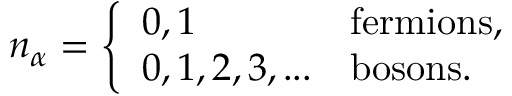
n _ { \alpha } = { \left\{ \begin{array} { l l } { 0 , 1 } & { { \mathrm { f e r m i o n s , } } } \\ { 0 , 1 , 2 , 3 , . . . } & { { \mathrm { b o s o n s . } } } \end{array} \right. }